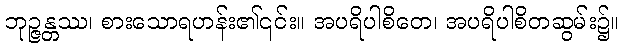
ဘုဉ္ဇန္တဿ၊ စားသောရဟန်း၏၎င်း။ အပရိပါစိတေ၊ အပရိပါစိတဆွမ်း၌။